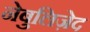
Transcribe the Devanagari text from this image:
नेबुलिज़ेद